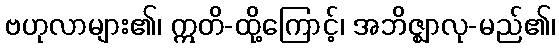
ဗဟုလာများ၏၊ ဣတိ-ထို့ကြောင့်၊ အဘိဇ္ဈာလု-မည်၏၊